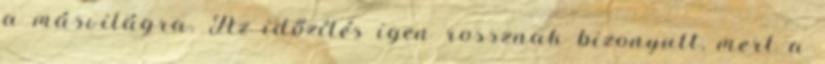
a másvilágra. Az időzítés igen rossznak bizonyult, mert a